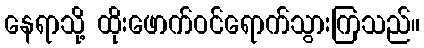
နေရာသို့ ထိုးဖောက်ဝင်ရောက်သွားကြသည်။